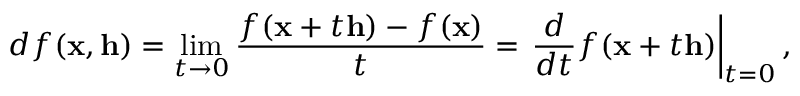
d f ( \mathbf { x } , \mathbf { h } ) = \operatorname* { l i m } _ { t \to 0 } { \frac { f ( \mathbf { x } + t \mathbf { h } ) - f ( \mathbf { x } ) } { t } } = \left. { \frac { d } { d t } } f ( \mathbf { x } + t \mathbf { h } ) \right| _ { t = 0 } ,